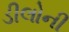
ડીલોની